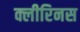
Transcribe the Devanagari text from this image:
क्लीरिनस